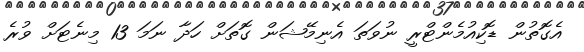
އެގޮތުން ޑޮކިއުމެންޓްރީ ނުވަތަ އެނިމޭޝަން ގޮތަށް ހަދާ ނަމަ 13 މިނެޓަށް ވުރެ